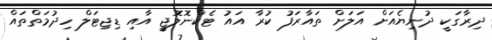
ދިރާގަކީ ދުނިޔެއަށް އަލަށް ތައާރަފު ކުރާ އައު ޓެކްނޮލޮޖީ އާއި ޑިޖިޓަލް ހިދުމަތްތައް